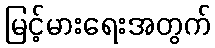
မြင့်မားရေးအတွက်